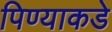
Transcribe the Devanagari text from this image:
पिण्याकडे